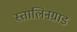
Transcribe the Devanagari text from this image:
स्तालिनग्राड